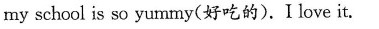
my school is so yummy(好吃的).I love it.